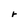
Character: r